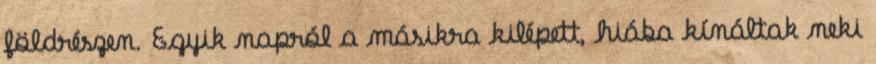
földrészen. Egyik napról a másikra kilépett, hiába kínáltak neki